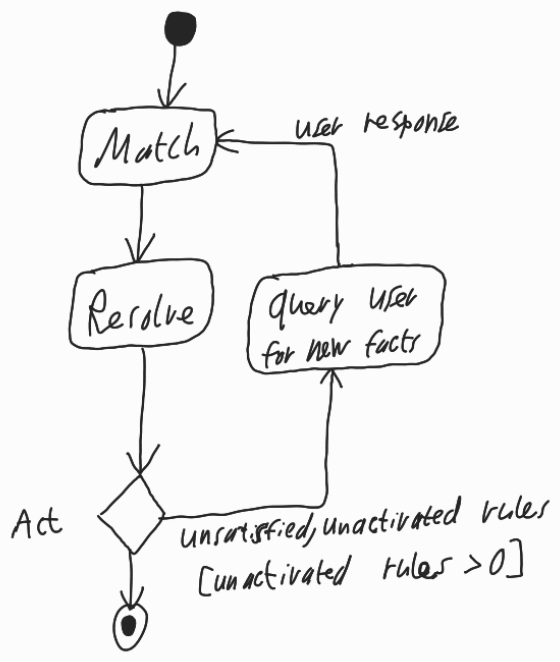
Diagram type: activity_diagram
```plantuml
@startuml

start

repeat:Match;

:Resolve;

backward:query user for new facts;

repeat while (Act) is (unsatisfied, unactivated rules [unactivated rules > 0])

stop

@enduml
```